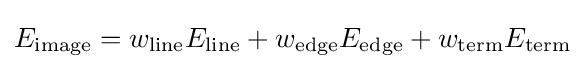
E_{\text}=w_{\text{line}}E_{\text{line}}+w_{\text{edge}}E_{\text{edge}}+w_{\text{term}}E_{\text{term}}